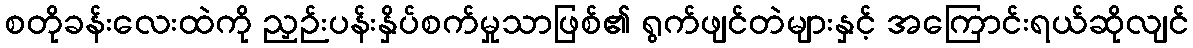
စတိုခန်းလေးထဲကို ညှဉ်းပန်းနှိပ်စက်မှုသာဖြစ်၏ ရွက်ဖျင်တဲများနှင့် အကြောင်းရယ်ဆိုလျင်